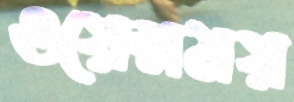
ওয়েন্সময়